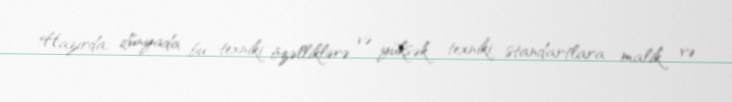
Hazırda, dünyada bu texniki özəlliklərə və yüksək texniki standartlara malik və